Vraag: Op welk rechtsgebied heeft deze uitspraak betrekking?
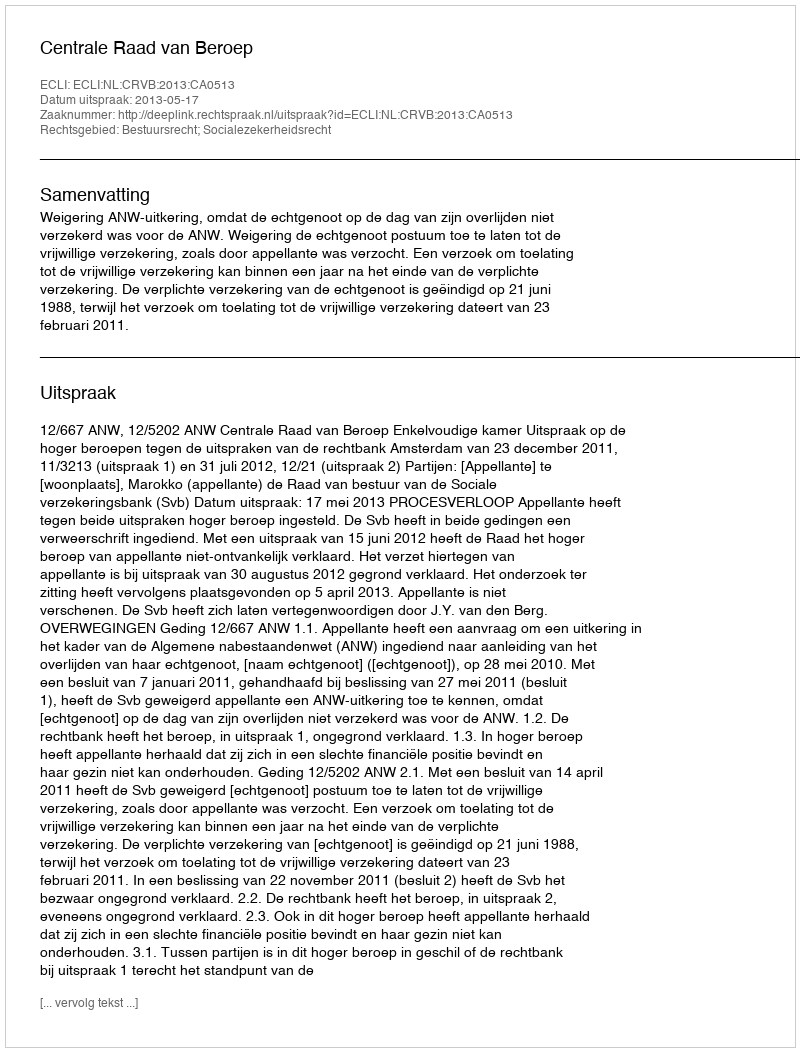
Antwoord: Bestuursrecht; Socialezekerheidsrecht